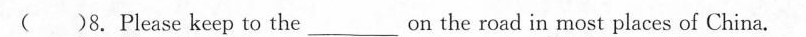
( 8.Please keep to the \underlineon the road in most places of China.